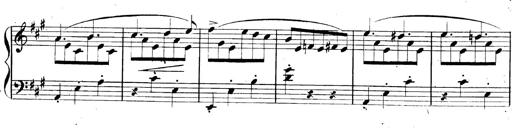
Title: 3 Caprices-Valses
Composer: Franz Liszt